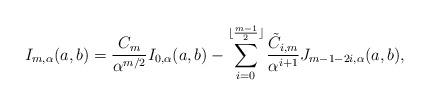
LaTeX: \begin{align*} I_{m, \alpha}(a, b) = \frac{C_{m}}{\alpha^{m/2}} I_{0, \alpha}(a, b) - \sum_{i = 0}^{\lfloor\frac{m - 1}{2}\rfloor} \frac{\tilde{C}_{i, m}}{\alpha^{i + 1}} J_{m - 1 - 2i, \alpha}(a, b), \end{align*}